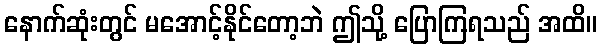
နောက်ဆုံးတွင် မအောင့်နိုင်တော့ဘဲ ဤသို့ ပြောကြရသည် အထိ။